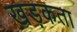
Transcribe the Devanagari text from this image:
खड़कता